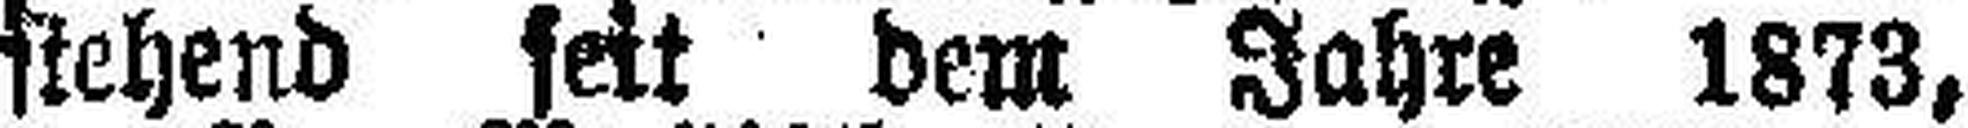
stehend seit dem Jahre 1873,